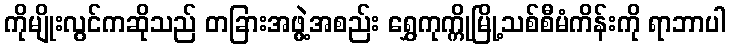
ကိုမျိုးလွင်ကဆိုသည် တခြားအဖွဲ့အစည်း ရွှေကုက္ကိုမြို့သစ်စီမံကိန်းကို ရာဘာပါ